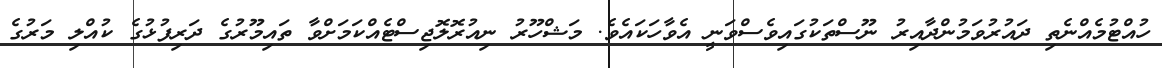
ހުއްޓުމެއްނެތި ދައުރުވަމުންދާއިރު ނޫސްތަކުގައިވެސްވަނީ އެވާހަކައެވެ. މަޝްހޫރު ނިއުރޮލޮޖިސްޓެއްކަމަށްވާ ތައިމޫރުގެ ދަރިފުޅުގެ ކުއްލި މަރުގެ